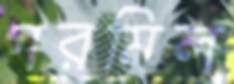
গরমিল